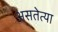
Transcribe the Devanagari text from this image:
असतेत्या